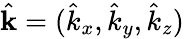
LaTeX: \hat{\mathbf{k}}=(\hat{k}_{x},\hat{k}_{y},\hat{k}_{z})